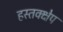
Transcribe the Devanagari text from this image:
हस्तक्क्षेप